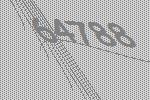
64788